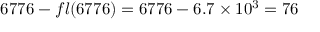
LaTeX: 6 7 7 6 - f l ( 6 7 7 6 ) = 6 7 7 6 - 6 . 7 \times 1 0 ^ { 3 } = 7 6